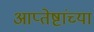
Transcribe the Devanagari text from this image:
आप्‍तेष्टांच्या